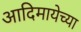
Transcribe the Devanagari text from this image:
आदिमायेच्या